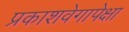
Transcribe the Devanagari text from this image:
प्रकाशवेगापेक्षा